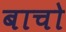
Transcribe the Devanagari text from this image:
बाचो